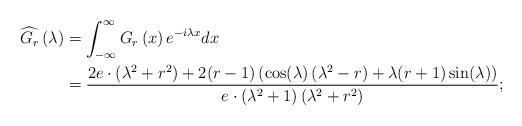
LaTeX: \begin{align*}\widehat{G_{r}}\left(\lambda\right) & =\int_{-\infty}^{\infty}G_{r}\left(x\right)e^{-i\lambda x}dx\\ & =\frac{2e\cdot\left(\lambda^{2}+r^{2}\right)+2(r-1)\left(\cos(\lambda)\left(\lambda^{2}-r\right)+\lambda(r+1)\sin(\lambda)\right)}{e\cdot\left(\lambda^{2}+1\right)\left(\lambda^{2}+r^{2}\right)};\end{align*}